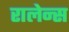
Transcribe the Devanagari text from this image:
रालेन्स